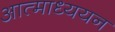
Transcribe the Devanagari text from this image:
आत्माध्ययन